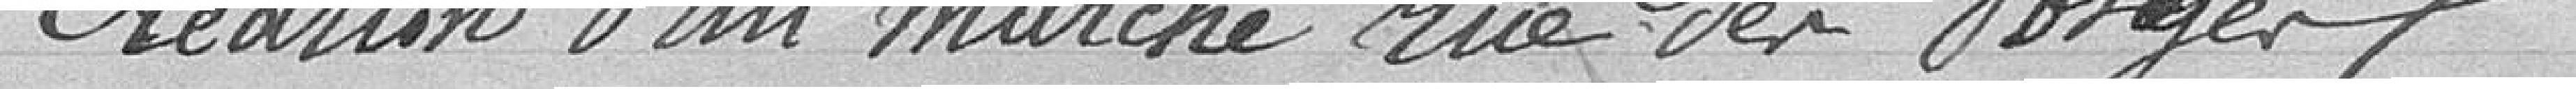
Création d'un marché rue des